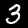
Label: 3